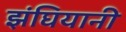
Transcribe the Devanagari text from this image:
झंघियानी